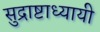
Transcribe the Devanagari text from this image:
सुद्राष्टाध्यायी